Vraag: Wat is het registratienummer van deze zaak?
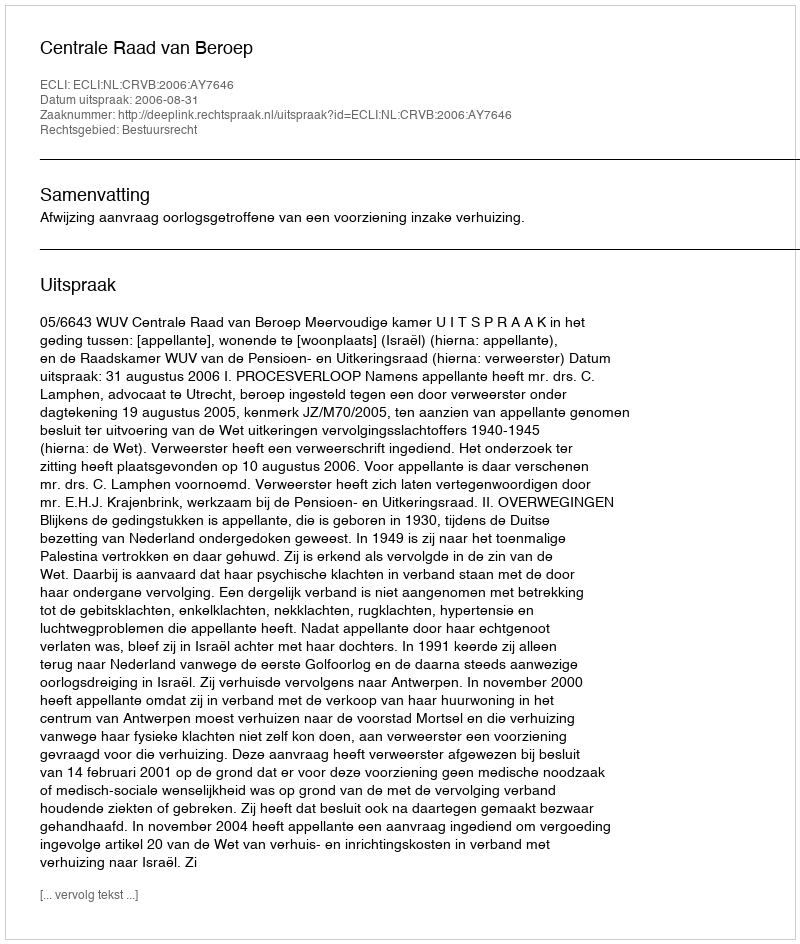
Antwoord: http://deeplink.rechtspraak.nl/uitspraak?id=ECLI:NL:CRVB:2006:AY7646